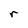
Character: r